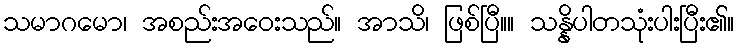
သမာဂမော၊ အစည်းအဝေးသည်။ အာသိ၊ ဖြစ်ပြီ။။ သန္နိပါတသုံးပါးပြီး၏။